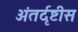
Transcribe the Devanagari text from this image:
अंतर्दृष्टीस